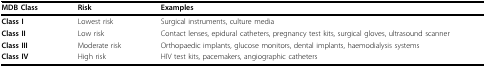
<table><thead><tr><td><b>MDB Class</b></td><td><b>Risk</b></td><td><b>Examples</b></td></tr></thead><tbody><tr><td><b>Class I</b></td><td>Lowest risk</td><td>Surgical instruments, culture media</td></tr><tr><td><b>Class II</b></td><td>Low risk</td><td>Contact lenses, epidural catheters, pregnancy test kits, surgical gloves, ultrasound scanner</td></tr><tr><td><b>Class III</b></td><td>Moderate risk</td><td>Orthopaedic implants, glucose monitors, dental implants, haemodialysis systems</td></tr><tr><td><b>Class IV</b></td><td>High risk</td><td>HIV test kits, pacemakers, angiographic catheters</td></tr></tbody></table>